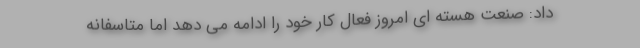
داد: صنعت هسته ای امروز فعال کار خود را ادامه می دهد اما متاسفانه